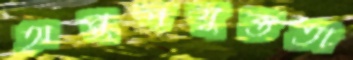
অনুপযুক্ততা